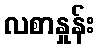
လစာနှုန်း